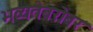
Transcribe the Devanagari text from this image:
भव्यतेबरोबर